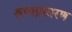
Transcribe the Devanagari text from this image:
श्रव्यप्रसारण